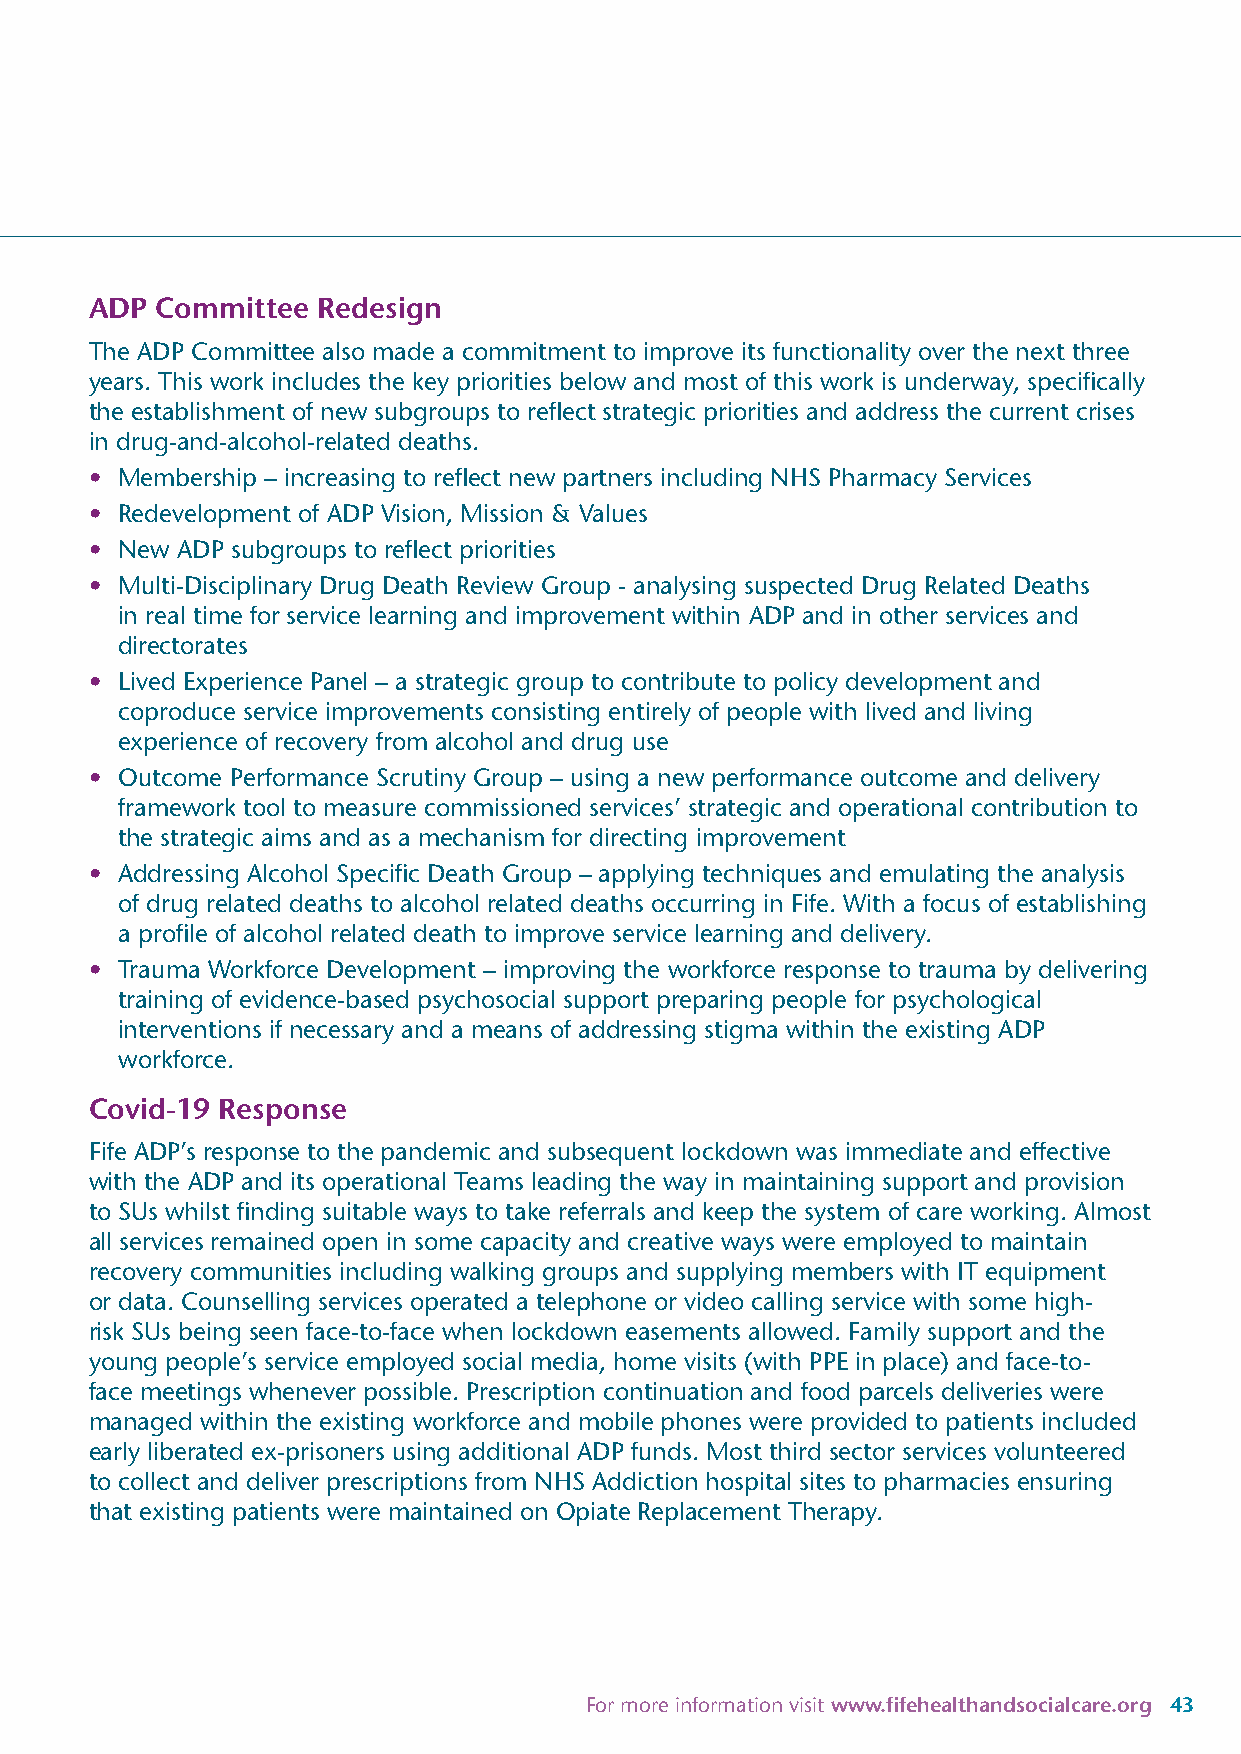
ADP Committee  Redesign
 The ADP Committee also made a commitment to improve its functionality over the next three
 years. This work includes the key priorities below and most of this work is underway, specifically
 the establishment of new subgroups to reflect strategic priorities and address the current crises
 in drug-and-alcohol-related deaths.
 • Membership – increasing to reflect new partners including NHS Pharmacy Services
 • Redevelopment of ADP Vision, Mission & Values
 • New ADP subgroups to reflect priorities
 • Multi-Disciplinary Drug Death Review Group - analysing suspected Drug Related Deaths
 in real time for service learning and improvement within ADP and in other services and
 directorates
 • Lived Experience Panel – a strategic group to contribute to policy development and
 coproduce service improvements consisting entirely of people with lived and living
 experience of recovery from alcohol and drug use
 • Outcome Performance Scrutiny Group – using a new performance outcome and delivery
 framework tool to measure commissioned services’ strategic and operational contribution to
 the strategic aims and as a mechanism for directing improvement
 • Addressing Alcohol Specific Death Group – applying techniques and emulating the analysis
 of drug related deaths to alcohol related deaths occurring in Fife. With a focus of establishing
 a profile of alcohol related death to improve service learning and delivery.
 • Trauma Workforce Development – improving the workforce response to trauma by delivering
 training of evidence-based psychosocial support preparing people for psychological
 interventions if necessary and a means of addressing stigma within the existing ADP
 workforce.
 Covid-19 Response
 Fife ADP’s response to the pandemic and subsequent lockdown was immediate and effective
 with the ADP and its operational Teams leading the way in maintaining support and provision
 to SUs whilst finding suitable ways to take referrals and keep the system of care working. Almost
 all services remained open in some capacity and creative ways were employed to maintain
 recovery communities including walking groups and supplying members with IT equipment
 or data. Counselling services operated a telephone or video calling service with some high-
 risk SUs being seen face-to-face when lockdown easements allowed. Family support and the
 young people’s service employed social media, home visits (with PPE in place) and face-to-
 face meetings whenever possible. Prescription continuation and food parcels deliveries were
 managed within the existing workforce and mobile phones were provided to patients included
 early liberated ex-prisoners using additional ADP funds. Most third sector services volunteered
 to collect and deliver prescriptions from NHS Addiction hospital sites to pharmacies ensuring
 that existing patients were maintained on Opiate Replacement Therapy.
 For more information visit www.fifehealthandsocialcare.org 43